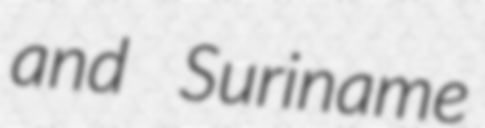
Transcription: and Suriname